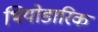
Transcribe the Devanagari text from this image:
थियोडारिक